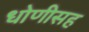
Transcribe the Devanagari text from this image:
धोणीसह